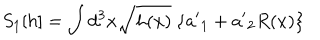
S _ { 1 } [ h ] = \int d ^ { 3 } x \sqrt { h ( x ) } ~ \{ { a ^ { \prime } } _ { 1 } + { a ^ { \prime } } _ { 2 } R ( x ) \} \,